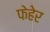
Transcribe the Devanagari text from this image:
फेहेर